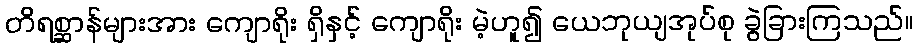
တိရစ္ဆာန်များအား ကျောရိုး ရှိနှင့် ကျောရိုး မဲ့ဟူ၍ ယေဘုယျအုပ်စု ခွဲခြားကြသည်။